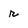
Character: r